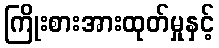
ကြိုးစားအားထုတ်မှုနှင့်